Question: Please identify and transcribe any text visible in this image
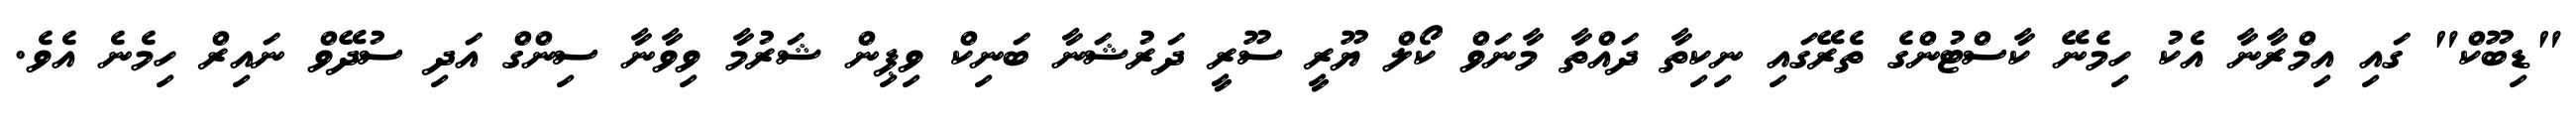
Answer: "ޑިބޫކް" ގައި އިމްރާނާ އެކު ހިމެނޭ ކާސްޓުންގެ ތެރޭގައި ނިކިތާ ދައްތާ މާނަވް ކޯލް ޔޫރީ ސޫރީ ދަރުޝަނާ ބަނިކް ވިޕިން ޝަރުމާ ވިވާނާ ސިންގް އަދި ސުދޭވް ނައިރް ހިމެނެ އެވެ.